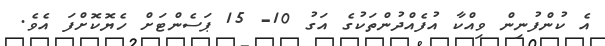
އެ ކުންފުނިން ވިއްކާ އުފެއްދުންތަކުގެ އަގު 10- 15 ޕަސެންޓަށް ހެޔޮކޮށްފަ އެވެ.